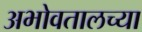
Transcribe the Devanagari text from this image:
अभोवतालच्या